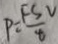
P = \frac { F S V } { 8 }